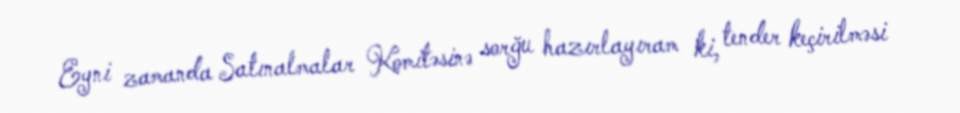
Eyni zamanda Satınalmalar Komitəsinə sorğu hazırlayıram ki, tender keçirilməsi